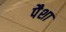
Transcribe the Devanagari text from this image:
पैशा